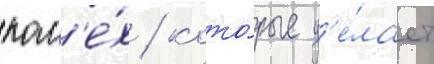
пом'е́х / кото́рые д'е́лает